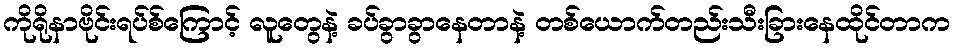
ကိုရိုနာဗိုင်းရပ်စ်ကြောင့် လူတွေနဲ့ ခပ်ခွာခွာနေတာနဲ့ တစ်ယောက်တည်းသီးခြားနေထိုင်တာက